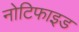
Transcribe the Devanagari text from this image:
नोटिफाइड